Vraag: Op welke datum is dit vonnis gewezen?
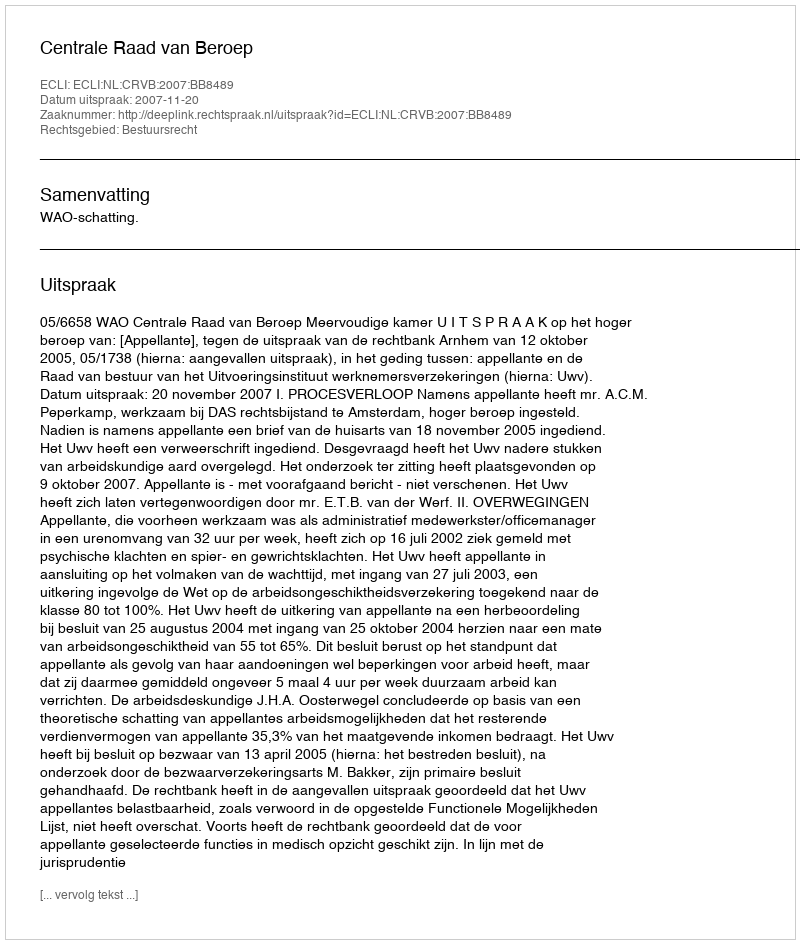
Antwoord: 2007-11-20